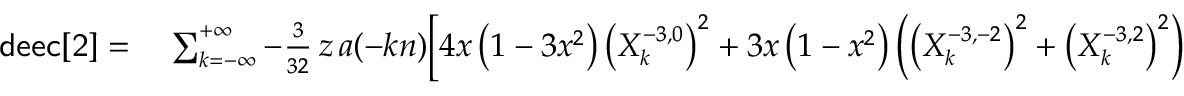
\small \begin{array} { r l } { { \sf d e e c [ 2 ] } = } & { { } \sum _ { k = - \infty } ^ { + \infty } - \frac { 3 } { 3 2 } \, z \, a ( - k n ) \bigg [ 4 x \left( 1 - 3 x ^ { 2 } \right) \left( X _ { k } ^ { - 3 , 0 } \right) ^ { 2 } + 3 x \left( 1 - x ^ { 2 } \right) \left( \left( X _ { k } ^ { - 3 , - 2 } \right) ^ { 2 } + \left( X _ { k } ^ { - 3 , 2 } \right) ^ { 2 } \right) } \end{array}